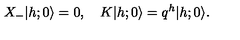
X _ { - } \vert h ; 0 \rangle = 0 , \quad K \vert h ; 0 \rangle = q ^ { h } \vert h ; 0 \rangle .